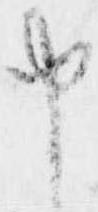
申